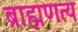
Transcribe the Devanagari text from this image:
ब्राह्मणत्य